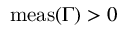
\mathrm { m e a s } ( \Gamma ) > 0